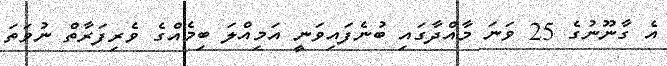
އެ ގާނޫނުގެ 25 ވަނަ މާއްދާގައި ބުނެފައިވަނީ އަމިއްލަ ބިމެއްގެ ވެރިފަރާތް ނުވަތަ